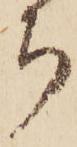
ち